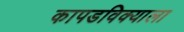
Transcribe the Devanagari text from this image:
कापडविक्याला